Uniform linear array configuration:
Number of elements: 12
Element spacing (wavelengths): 0.5
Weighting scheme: blackman
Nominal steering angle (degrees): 0
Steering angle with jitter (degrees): -0.00814
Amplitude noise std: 0.05
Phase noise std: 0.05

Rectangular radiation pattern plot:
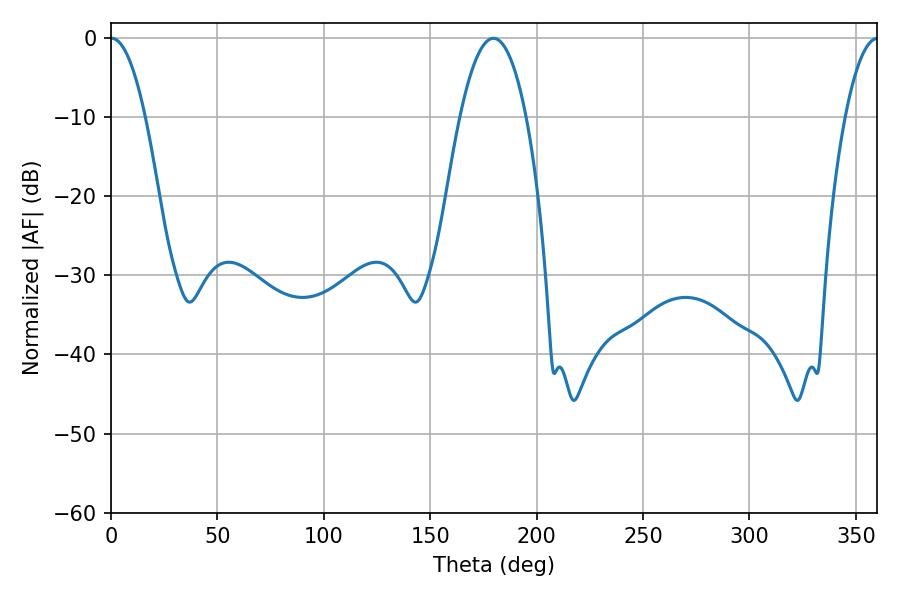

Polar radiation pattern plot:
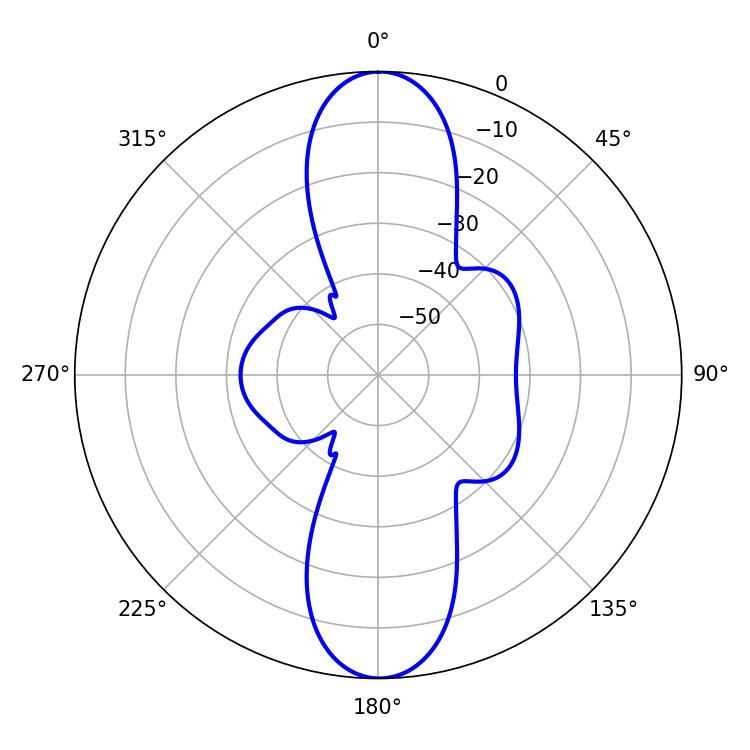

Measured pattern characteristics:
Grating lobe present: FALSE
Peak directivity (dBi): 24.953
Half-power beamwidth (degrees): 9
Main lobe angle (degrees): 0.36